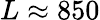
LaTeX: L\approx 850